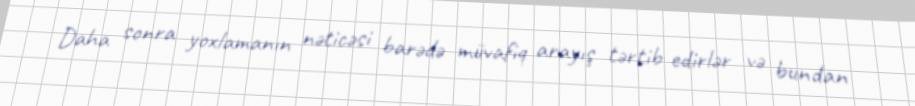
Daha sonra yoxlamanın nəticəsi barədə müvafiq arayış tərtib edirlər və bundan